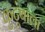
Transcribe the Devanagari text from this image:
कुटूंबाला